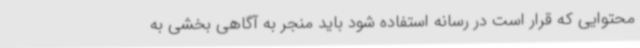
محتوایی که قرار است در رسانه استفاده شود باید منجر به آگاهی بخشی به